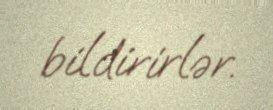
bildirirlər.